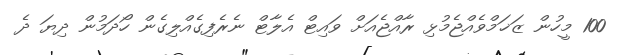
100 މީހުން ޒަޚަމްވެއްޖެމުޅި ރާއްޖެއަށް ވައިޓް އެލާޓް ނެރެފިގެއްލިގެން ހޯދަމުން ދިޔަ ދެ